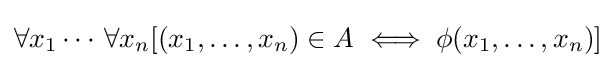
\forall x_{1}\cdots \,\forall x_{n}[(x_{1},\ldots ,x_{n})\in A\iff \phi (x_{1},\ldots ,x_{n})]